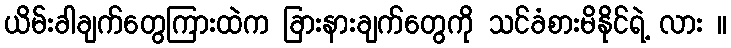
ယိမ်းခါချက်တွေကြားထဲက ခြားနားချက်တွေကို သင်ခံစားမိနိုင်ရဲ့ လား ။